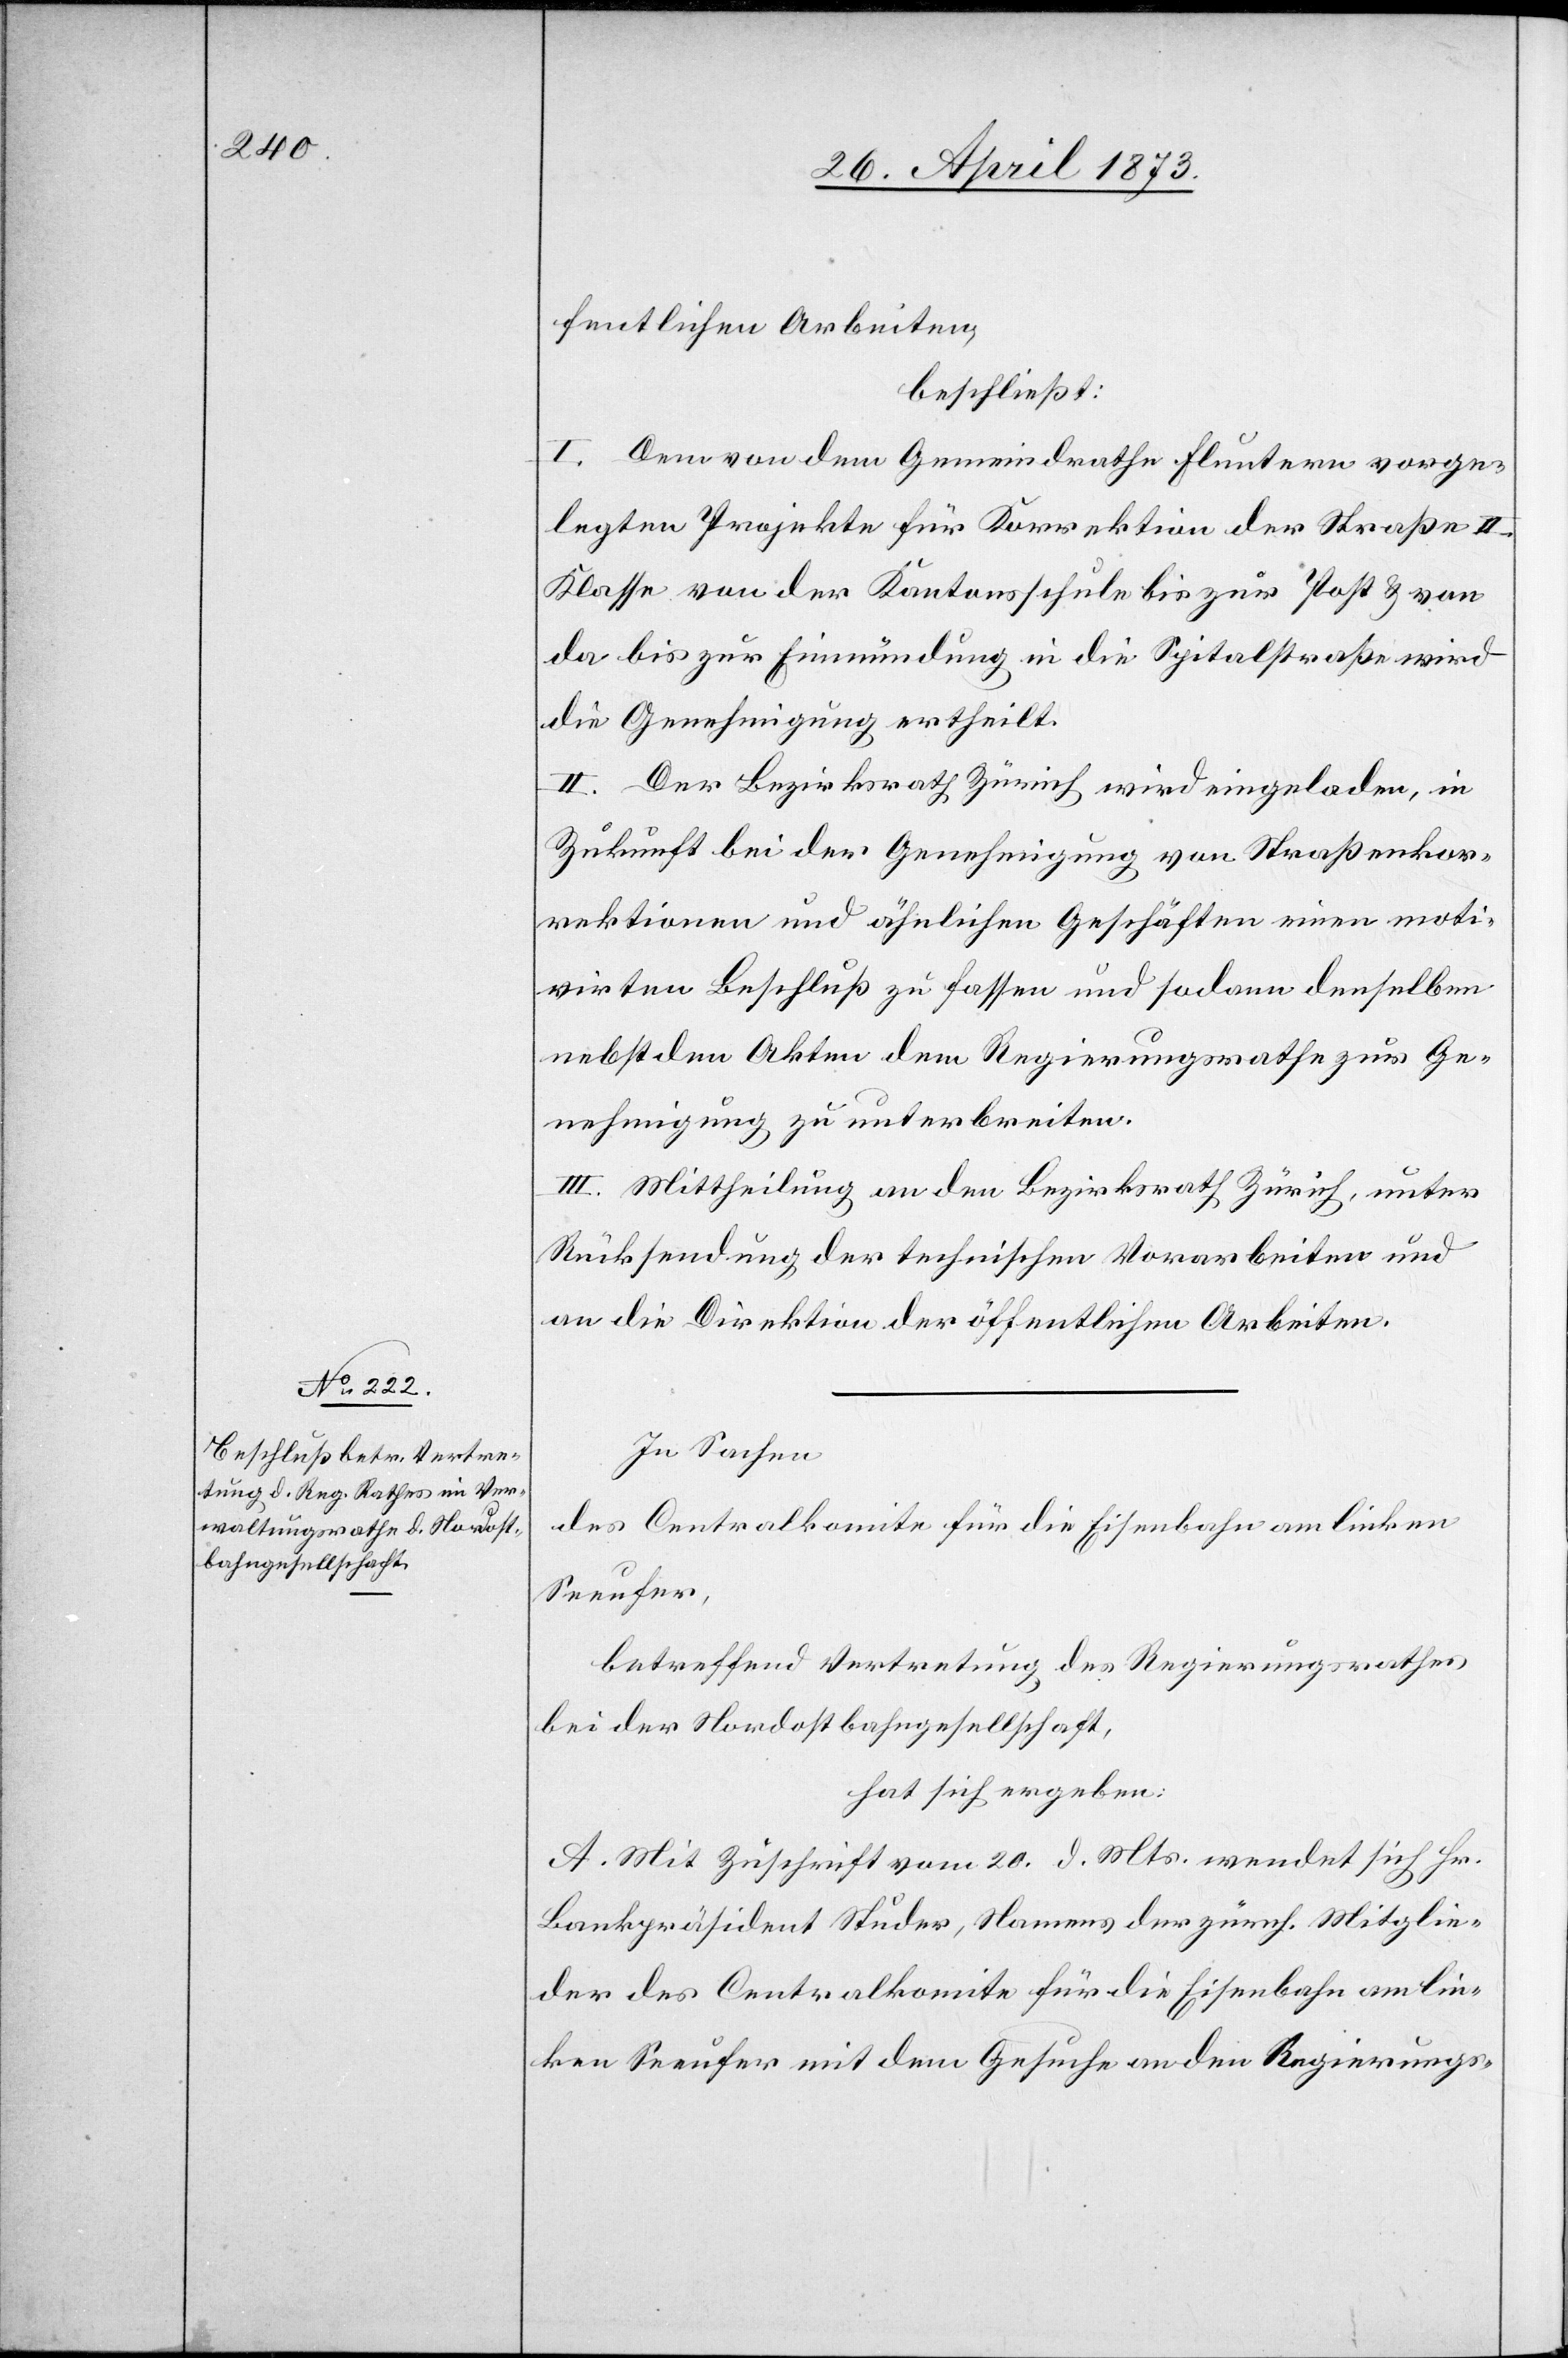
fentlichen Arbeiten,
beschließt:
I. Dem von dem Gemeindrathe Fluntern vorge¬
legten Projekte für Korrektion der Straße II.
Klasse von der Kantonsschule bis zur Post & von
da bis zur Einmündung in die Spitalstraße wird
die Genehmigung ertheilt.
I. Der Bezirksrath Zürich wird eingeladen, in
Zukunft bei der Genehmigung von Straßenkor¬
rektionen und ähnlichen Geschäften einen moti¬
virten Beschluß zu fassen und sodann denselben
nebst den Akten dem Regierungsrathe zur Ge¬
nehmigung zu unterbreiten.
III. Mittheilung an den Bezirksrath Zürich, unter
Rücksendung der technischen Vorarbeiten und
an die Direktion der öffentlichen Arbeiten.
In Sachen
des Centralkomite für die Eisenbahn am linken
Seeufer,
betreffend Vertretung des Regierungsrathes
bei der Nordostbahngesellschaft,
hat sich ergeben:
A. Mit Zuschrift vom 20. d. Mts. wendet sich Hr.
Bankpräsident Studer, Namens der zürich. Mitglie¬
der des Centralkomite für die Eisenbahn am lin¬
ken Seeufer mit dem Gesuche an den Regierungs-